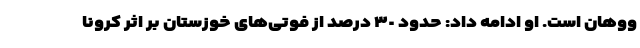
ووهان است. او ادامه داد: حدود ٣٠ درصد از فوتی‌های خوزستان بر اثر کرونا